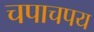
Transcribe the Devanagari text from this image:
चपाचपय